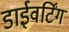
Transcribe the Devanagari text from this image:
डाईवर्टिंग